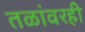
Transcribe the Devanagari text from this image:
तळांवरही